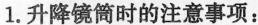
1.升降镜筒时的注意事项：